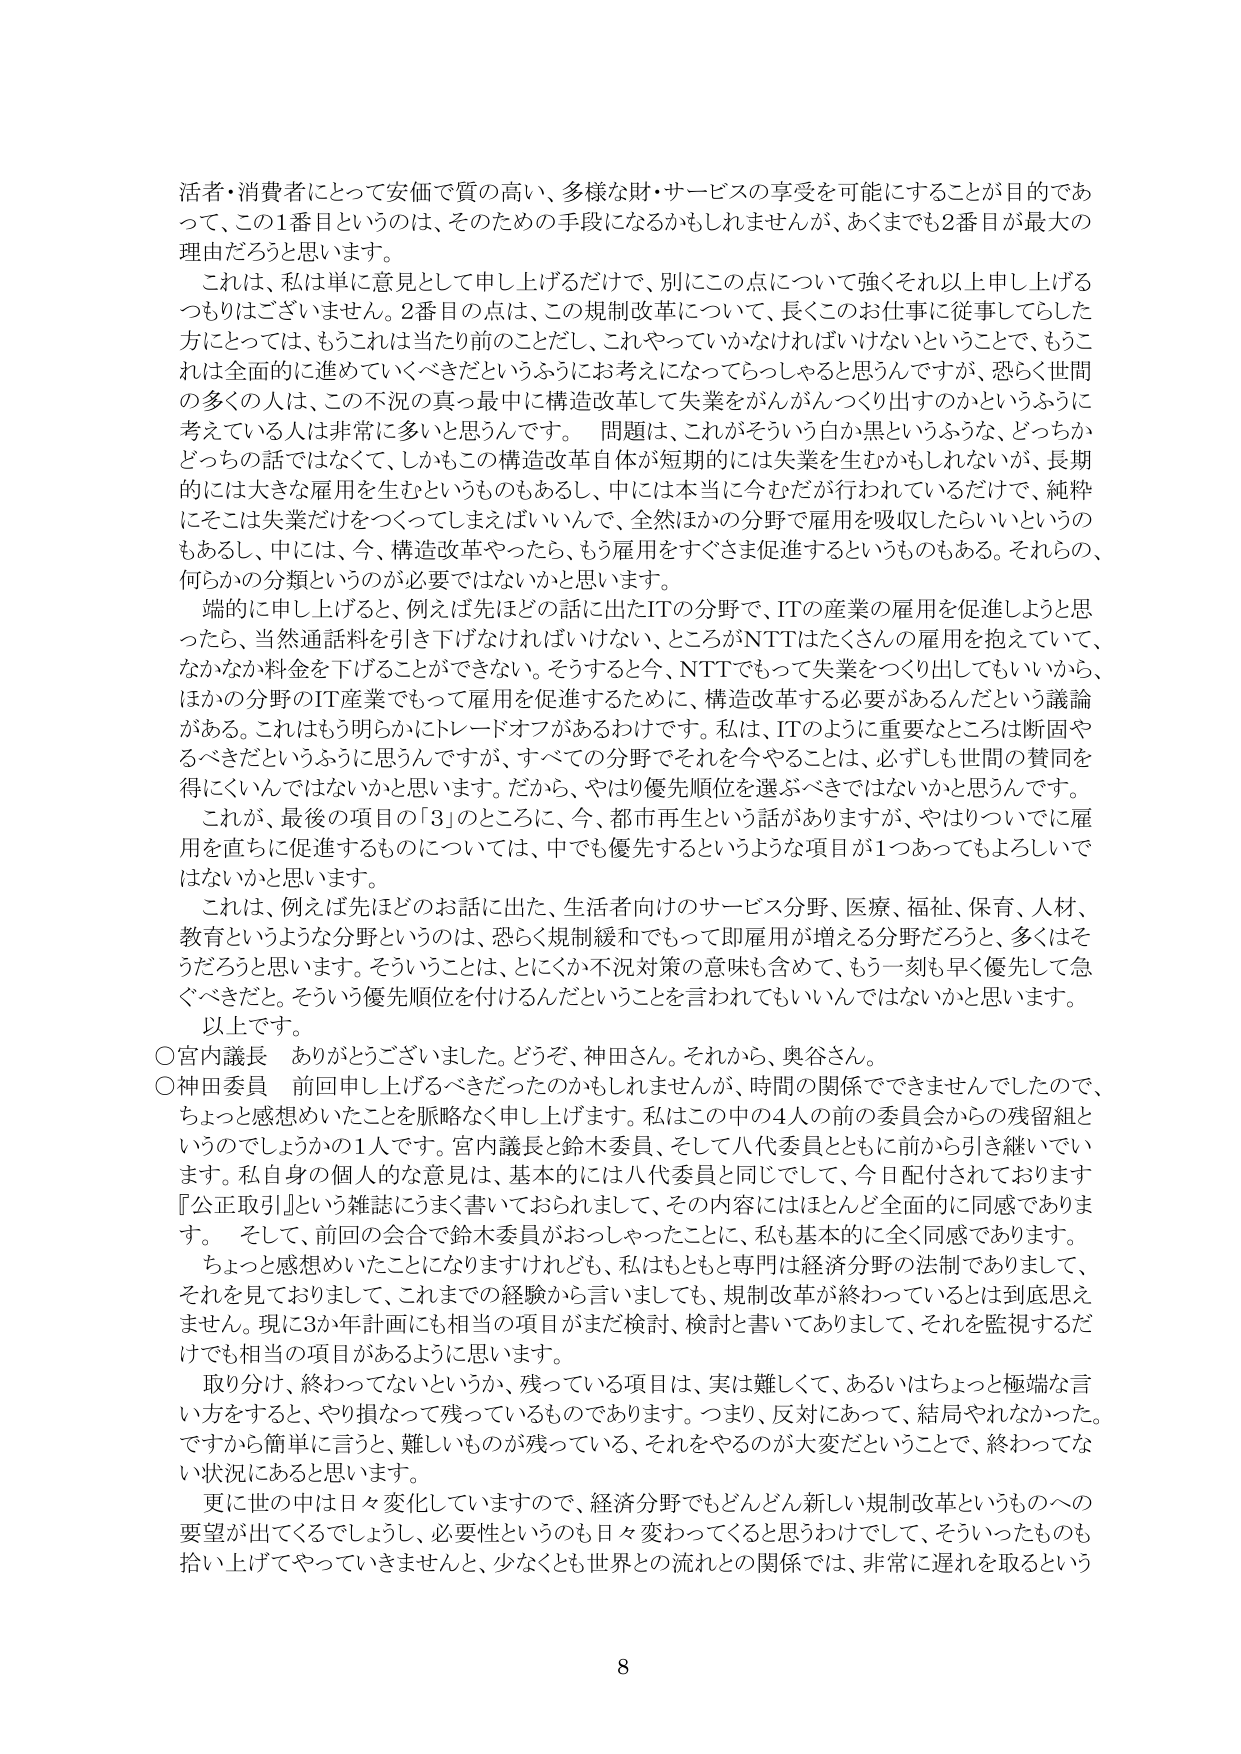
活者・消費者にとって安価で質の高い、多様な財・サービスの享受を可能にすることが目的であって、この1番目というのは、そのための手段になるかもしれませんが、あくまでも2番目が最大の理由だろうと思います。

これは、私は単に意見として申し上げるだけで、別にこの点について強くそれ以上申し上げるつもりはございません。2番目の点は、この規制改革について、長くこのお仕事に従事してらした方にとっては、もうこれは当たり前のことだし、これやっていかなければならないということで、もうこれは全面的に進めていくべきだというふうにお考えになっていらっしゃると思うんですが、恐らく世間の多くの人は、この不況の真っ最中に構造改革して失業をがんがんつくり出すのかというふうに考えている人は非常に多いと思うんです。問題は、これがそういう白か黒というふうな、どっちかどっちの話ではなくて、しかもこの構造改革自体が短期的には失業を生むかもしれないが、長期的には大きな雇用を生むというものもあるし、中には本当に今むだが行われているだけで、純粋にそこは失業だけをつくってしまえばいいんで、全然ほかの分野で雇用を吸収したらいいというのもあるし、中には、今、構造改革やったら、もう雇用をすぐさま促進するというものもある。それらの、何らかの分類というのが必要ではないかと思います。

端的に申し上げると、例えば先ほどの話に出たITの分野で、ITの産業の雇用を促進しようと思ったら、当然通話料を引き下げなければならない、ところがNTTはたくさんの雇用を抱えていて、なかなか料金を下げることができない。そうすると今、NTTでもっと失業をつくり出してもいいから、ほかの分野のIT産業でもって雇用を促進するために、構造改革する必要があるんだという議論がある。これはもう明らかにトレードオフがあるわけです。私は、ITのように重要なところは断固やるべきだというふうに思うんですが、すべての分野でそれを今やることは、必ずしも世間の賛同を得にくいんではないかと思います。だから、やはり優先順位を選ぶべきではないかと思うんです。

これが、最後の項目の「3」のところに、今、都市再生という話がありますが、やはりついでに雇用を直ちに促進するものについては、中でも優先するというような項目が1つあってもよろしいではないかと思います。

これは、例えば先ほどのお話に出た、生活者向けのサービス分野、医療、福祉、保育、人材、教育というような分野というのは、恐らく規制緩和でもって即雇用が増える分野だろうと、多くはそうだろうと思います。そういうことは、とにかく不況対策の意味も含めて、もう一刻も早く優先して急ぐべきだと。そういう優先順位を付けるんだということを言われてもいいんじゃないかと思います。

以上です。

○宮内議長　ありがとうございました。どうぞ、神田さん。それから、奥谷さん。

○神田委員　前回申し上げるべきだったのかもしれませんが、時間の関係でできませんでしたので、ちょっと感想めいたことを脈絡なく申し上げます。私はこの中の4人の前の委員会からの残留組というのでしょうかの1人です。宮内議長と鈴木委員、そして八代委員とともに前から引き継いでいます。私自身の個人的な意見は、基本的には八代委員と同じにして、今日配付されております『公正取引』という雑誌にうまく書いておられまして、その内容にはほとんど全面的に同感であります。そして、前回の会合で鈴木委員がおっしゃったことに、私も基本的に全く同感であります。

ちょっと感想めいたことになりますけれども、私はもともと専門は経済分野の法制でありまして、それを見ておりまして、これまでの経験から言いましても、規制改革が終わっているとは到底思えません。現に3か年計画にも相当の項目がまだ検討、検討と書いてありまして、それを監視するだけでも相当の項目があるように思います。

取り分け、終わってないというか、残っている項目は、実は難しくて、あるいはちょっと極端な言い方をすると、やり損なって残っているものであります。つまり、反対にあって、結局やれなかった。ですから簡単に言うと、難しいものが残っている、それをやるのが大変だということで、終わってない状況にあると思います。

更に世の中は日々変化していますので、経済分野でもどんどん新しい規制改革というものへの要望が出てくるでしょうし、必要性というのも日々変わってくると思うわけでして、そういったものも拾い上げてやっていきませんと、少なくとも世界との流れとの関係では、非常に遅れを取るという

8